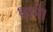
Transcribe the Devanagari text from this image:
धामे।